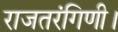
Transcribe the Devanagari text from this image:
राजतरंगिणी।